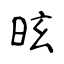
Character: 昡